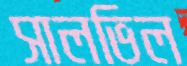
সালভিল